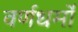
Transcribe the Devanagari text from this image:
वर्णधर्मों